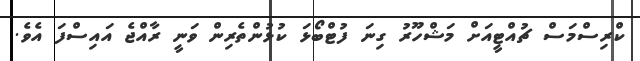
ކްރިސްމަސް ޗުއްޓީއަށް މަޝްހޫރު ގިނަ ފުޓްބޯޅަ ކުޅުންތެރިން ވަނީ ރާއްޖެ އައިސްފަ އެވެ.